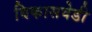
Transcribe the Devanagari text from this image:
विकासवेडी